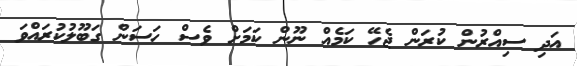
އަދި ސިއްރުން ކުރަން ޖެހޭ ކަމެއް ނޫން ކަމަށް ވެސް ހަސަން ގަބޫލުކުރައްވަ